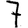
Digit: 7